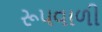
રૂપવાળી